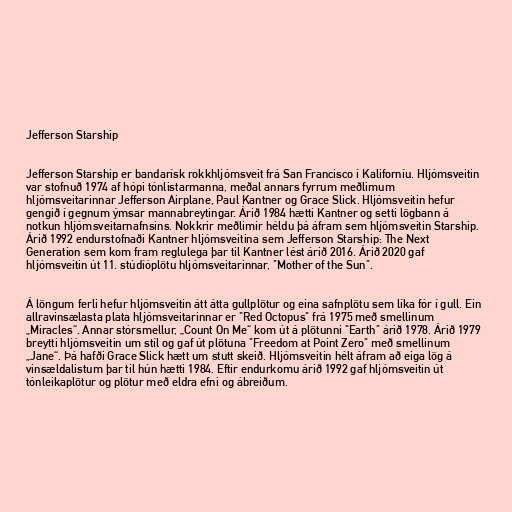
Jefferson Starship

Jefferson Starship er bandarísk rokkhljómsveit frá San Francisco í Kaliforníu. Hljómsveitin
var stofnuð 1974 af hópi tónlistarmanna, meðal annars fyrrum meðlimum
hljómsveitarinnar Jefferson Airplane, Paul Kantner og Grace Slick. Hljómsveitin hefur
gengið í gegnum ýmsar mannabreytingar. Árið 1984 hætti Kantner og setti lögbann á
notkun hljómsveitarnafnsins. Nokkrir meðlimir héldu þá áfram sem hljómsveitin Starship.
Árið 1992 endurstofnaði Kantner hljómsveitina sem Jefferson Starship: The Next
Generation sem kom fram reglulega þar til Kantner lést árið 2016. Árið 2020 gaf
hljómsveitin út 11. stúdíóplötu hljómsveitarinnar, "Mother of the Sun".

Á löngum ferli hefur hljómsveitin átt átta gullplötur og eina safnplötu sem líka fór í gull. Ein
allravinsælasta plata hljómsveitarinnar er "Red Octopus" frá 1975 með smellinum
„Miracles“. Annar stórsmellur, „Count On Me“ kom út á plötunni "Earth" árið 1978. Árið 1979
breytti hljómsveitin um stíl og gaf út plötuna "Freedom at Point Zero" með smellinum
„Jane“. Þá hafði Grace Slick hætt um stutt skeið. Hljómsveitin hélt áfram að eiga lög á
vinsældalistum þar til hún hætti 1984. Eftir endurkomu árið 1992 gaf hljómsveitin út
tónleikaplötur og plötur með eldra efni og ábreiðum.